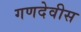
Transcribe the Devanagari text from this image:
गणदेवीस